Indian journal of veterinary science and animal husbandry - Volume 6,
Year: 1936
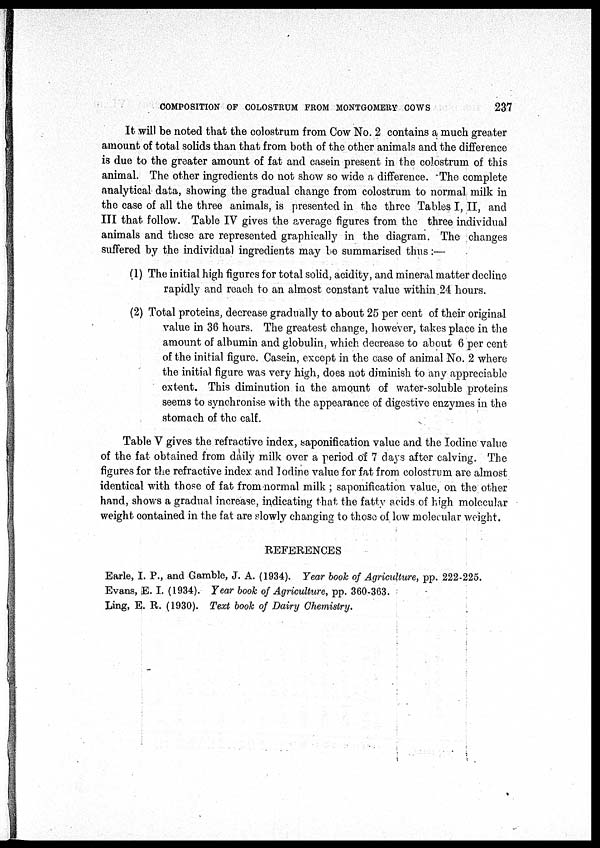
COMPOSITION OF COLOSTRUM FROM MONTGOMERY COWS
237
It will be noted that the colostrum from Cow No. 2 contains a much greater
amount of total solids than that from both of the other animals and the difference
is due to the greater amount of fat and casein present in the colostrum of this
animal. The other ingredients do not show so wide a difference. The complete
analytical data, showing the gradual change from colostrum to normal milk in
the case of all the three animals, is presented in the three Tables I, II, and
III that follow. Table IV gives the average figures from the three individual
animals and these are represented graphically in the diagram. The changes
suffered by the individual ingredients may be summarised thus:—
(1) The initial high figures for total solid, acidity, and mineral matter decline
rapidly and reach to an almost constant value within 24 hours.
(2) Total proteins, decrease gradually to about 25 per cent of their original
value in 36 hours. The greatest change, however, takes place in the
amount of albumin and globulin, which decrease to about 6 per cent
of the initial figure. Casein, except in the case of animal No. 2 where
the initial figure was very high, does not diminish to any appreciable
extent. This diminution in the amount of water-soluble proteins
seems to synchronise with the appearance of digestive enzymes in the
stomach of the calf.
Table V gives the refractive index, saponification value and the Iodine value
of the fat obtained from daily milk over a period of 7 days after calving. The
figures for the refractive index and Iodine value for fat from colostrum are almost
identical with those of fat from normal milk ; saponification value, on the other
hand, shows a gradual increase, indicating that the fatty acids of high molecular
weight contained in the fat are slowly changing to those of low molecular weight.
REFERENCES
Earle, I. P., and Gamble, J. A. (1934). Year book of Agriculture, pp. 222-225.
Evans, E. I. (1934). Year book of Agriculture, pp. 360-363.
Ling, E. R. (1930). Text book of Dairy Chemistry.